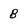
Character: 8